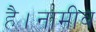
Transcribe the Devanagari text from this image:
है।नामीब